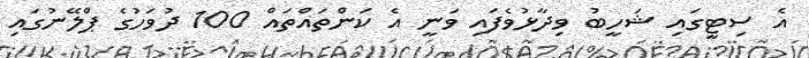
އެ ސިޓީގައި ޝަހީބު ވިދާޅުވެފައި ވަނީ އެ ކަންތައްތައް 100 ދުވަހުގެ ޕްލޭނުގައި